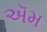
ઍમ